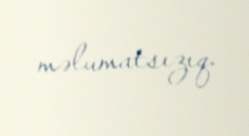
məlumatsızıq.